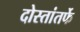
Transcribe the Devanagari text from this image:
दोस्तांतर्फे